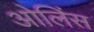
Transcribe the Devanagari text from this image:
ओलिंस